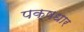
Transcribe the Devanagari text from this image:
पक्षधार